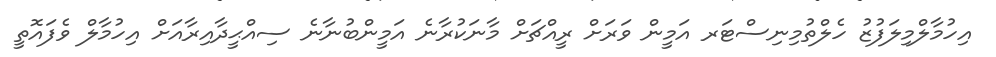
އިހުމާލްމިލަފުޒު ހެލްތުމިނިސްޓަރ އަމީން ވަރަށް ރީއްޗަށް މާނަކުރާނެ އަމީންބުނާނެ ސިއްޙީދާއިރާއަށް އިހުމާލް ވެފައޮތީ